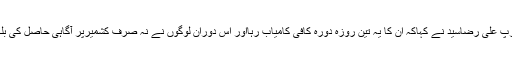
وسطی یورپ کے تین ملکی دورے کے اختتام پرچیئرمین کشمیرکونسل یورپ علی رضاسید نے کہاکہ ان کا یہ تین روزہ دورہ کافی کامیاب رہااور اس دوران لوگوں نے نہ صرف کشمیرپر آگاہی حاصل کی بلکہ مقبوضہ کشمیرمیں انسانی حقوق کی خلاف ورزیوں پر تشویش ظاہرکی۔